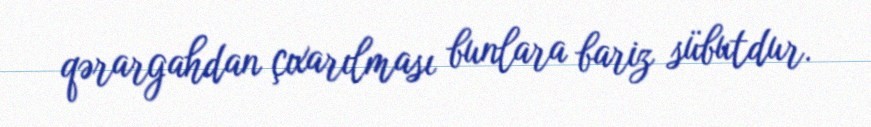
qərargahdan çıxarılması bunlara bariz sübutdur.